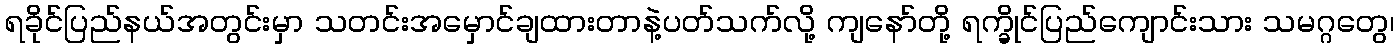
ရခိုင်ပြည်နယ်အတွင်းမှာ သတင်းအမှောင်ချထားတာနဲ့ပတ်သက်လို့ ကျနော်တို့ ရက္ခိုင်ပြည်ကျောင်းသား သမဂ္ဂတွေ၊